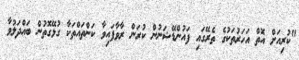
"ކުރިއަށް އޮތް އަހަރުތަކުގެ ތެރޭގައި ފައުންޑޭޝަނުން ކުރަން ރާވާފައިވާ ކަންތައްތަކާ ގުޅޭގޮތުން ބައްދަލުވާ